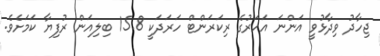
ޖިހާދު ވިދާޅުވީ އަންނަ އަހަރުގެ ރިކަރަންޓް ހަރަދަކީ 15.8 ބިލިއަން ރުފިޔާ ކަމަށެވެ.